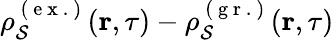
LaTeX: \rho_{\mathcal{S}}^{\mathrm{{~(~e~x~.~)~}}}(\textbf{{r}},\tau)-\rho_{\mathcal{S}}^{\mathrm{{~(~g~r~.~)~}}}(\textbf{{r}},\tau)